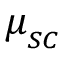
\mu _ { _ { S C } }